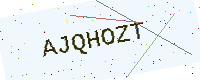
Text: AJQHOZT